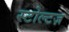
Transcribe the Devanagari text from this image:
स्टोल्टज़